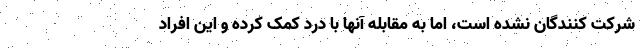
شرکت کنندگان نشده است، اما به مقابله آنها با درد کمک کرده و این افراد